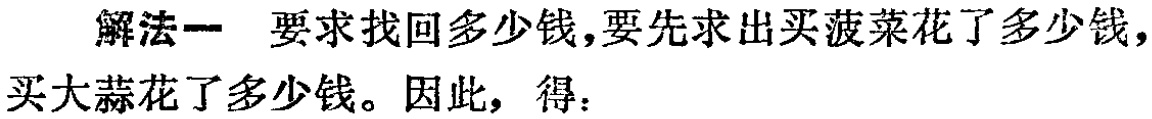
解法一 要求找回多少钱,要先求出买菠菜花了多少钱,买大蒜花了多少钱。因此，得：